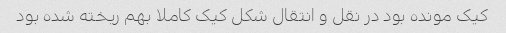
کیک مونده بود در نقل و انتقال شکل کیک کاملا بهم ریخته شده بود